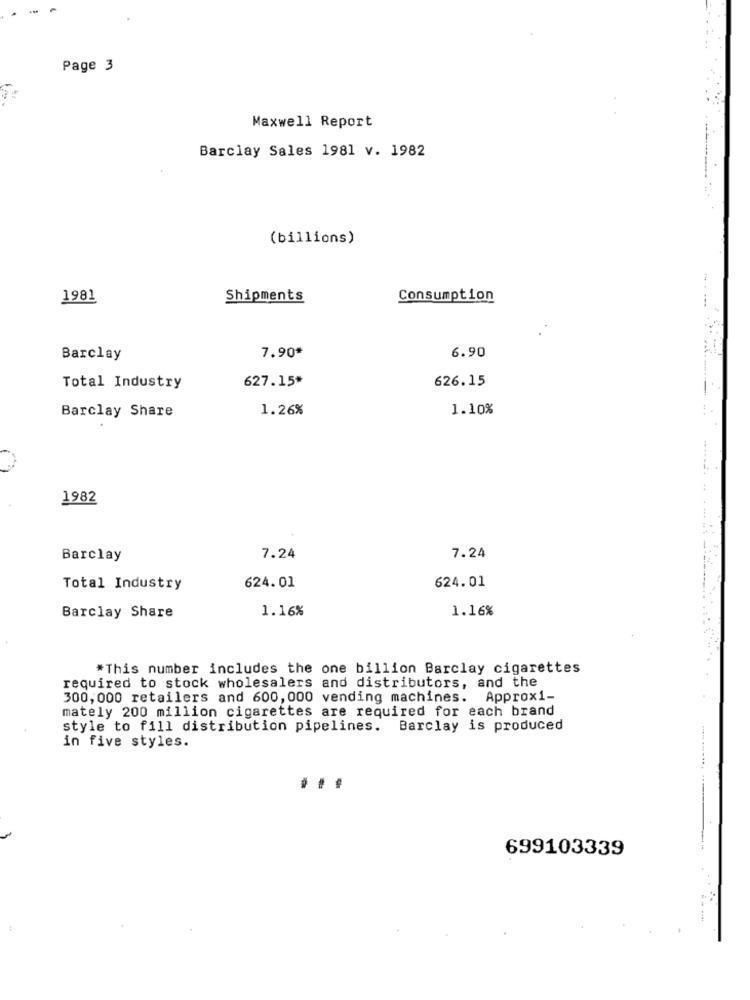
Page 3
1 .
Maxwell Report
Barclay Sales 1981 v. 1982
(billions)
-
1981
Shipments
Consumption
6.90
Barclay
7.90*
627.15*
626.15
Total Industry
1.26%
1.10%
Barclay Share
1982
Barclay
7.24
7.24
624.01
Total Industry
624.01
1.16%
1.16%
Barclay Share
*This number includes the one billion Barclay cigarettes
required to stock wholesalers and distributors, and the
300,000 retailers and 600,000 vending machines. Approxi-
mately 200 million cigarettes are required for each brand
style to fill distribution pipelines. Barclay is produced
in five styles.
...
699103339